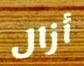
أزال